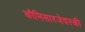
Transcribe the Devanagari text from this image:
कौमिसारजेवस्की